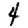
Digit: 4